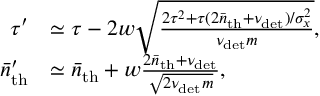
\begin{array} { r l } { \tau ^ { \prime } } & { \simeq \tau - 2 w \sqrt { \frac { 2 \tau ^ { 2 } + \tau ( 2 \bar { n } _ { \mathrm { t h } } + \nu _ { \mathrm { d e t } } ) / \sigma _ { x } ^ { 2 } } { \nu _ { \mathrm { d e t } } m } } , } \\ { \bar { n } _ { \mathrm { t h } } ^ { \prime } } & { \simeq \bar { n } _ { \mathrm { t h } } + w \frac { 2 \bar { n } _ { \mathrm { t h } } + \nu _ { \mathrm { d e t } } } { \sqrt { 2 \nu _ { \mathrm { d e t } } m } } , } \end{array}